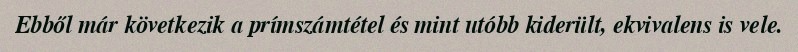
Ebből már következik a prímszámtétel és mint utóbb kiderült, ekvivalens is vele.